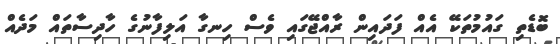
ބޮޑެތި ގައުމުތަކޭ އެއް ފަދައިން ރާއްޖޭގައި ވެސް ހިނގާ އަލިފާނުގެ ހާދިސާތައް މަދެއް